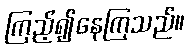
ကြည့်၍နေကြသည်။